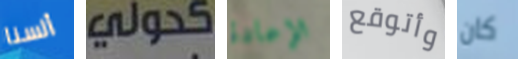
ألسنا كحولي الإعادة وأتوقع كان